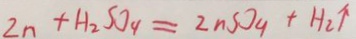
2 n + H _ { 2 } S O _ { 9 } = Z n S O _ { 9 } + H _ { 2 } \uparrow